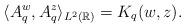
LaTeX: \begin{align*}\langle A_q^w, A_q^z \rangle_{L^2(\mathbb{R})}=K_q(w,z).\end{align*}